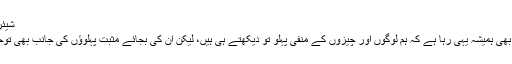
شیئرنگ کا شکریہ
میرا اپنا موقف بھی ہمیشہ یہی رہا ہے کہ ہم لوگوں اور چیزوں کے منفی پہلو تو دیکھتے ہی ہیں، لیکن ان کی بجائے مثبت پہلوؤں کی جانب بھی توجہ دینی چاہئے۔